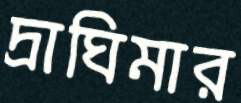
দ্রাঘিমার